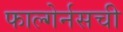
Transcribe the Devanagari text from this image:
फाल्गेर्नसची